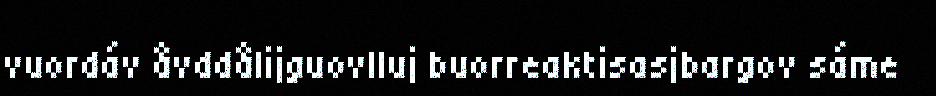
vuordáv åvddålijguovlluj buorreaktisasjbargov sáme